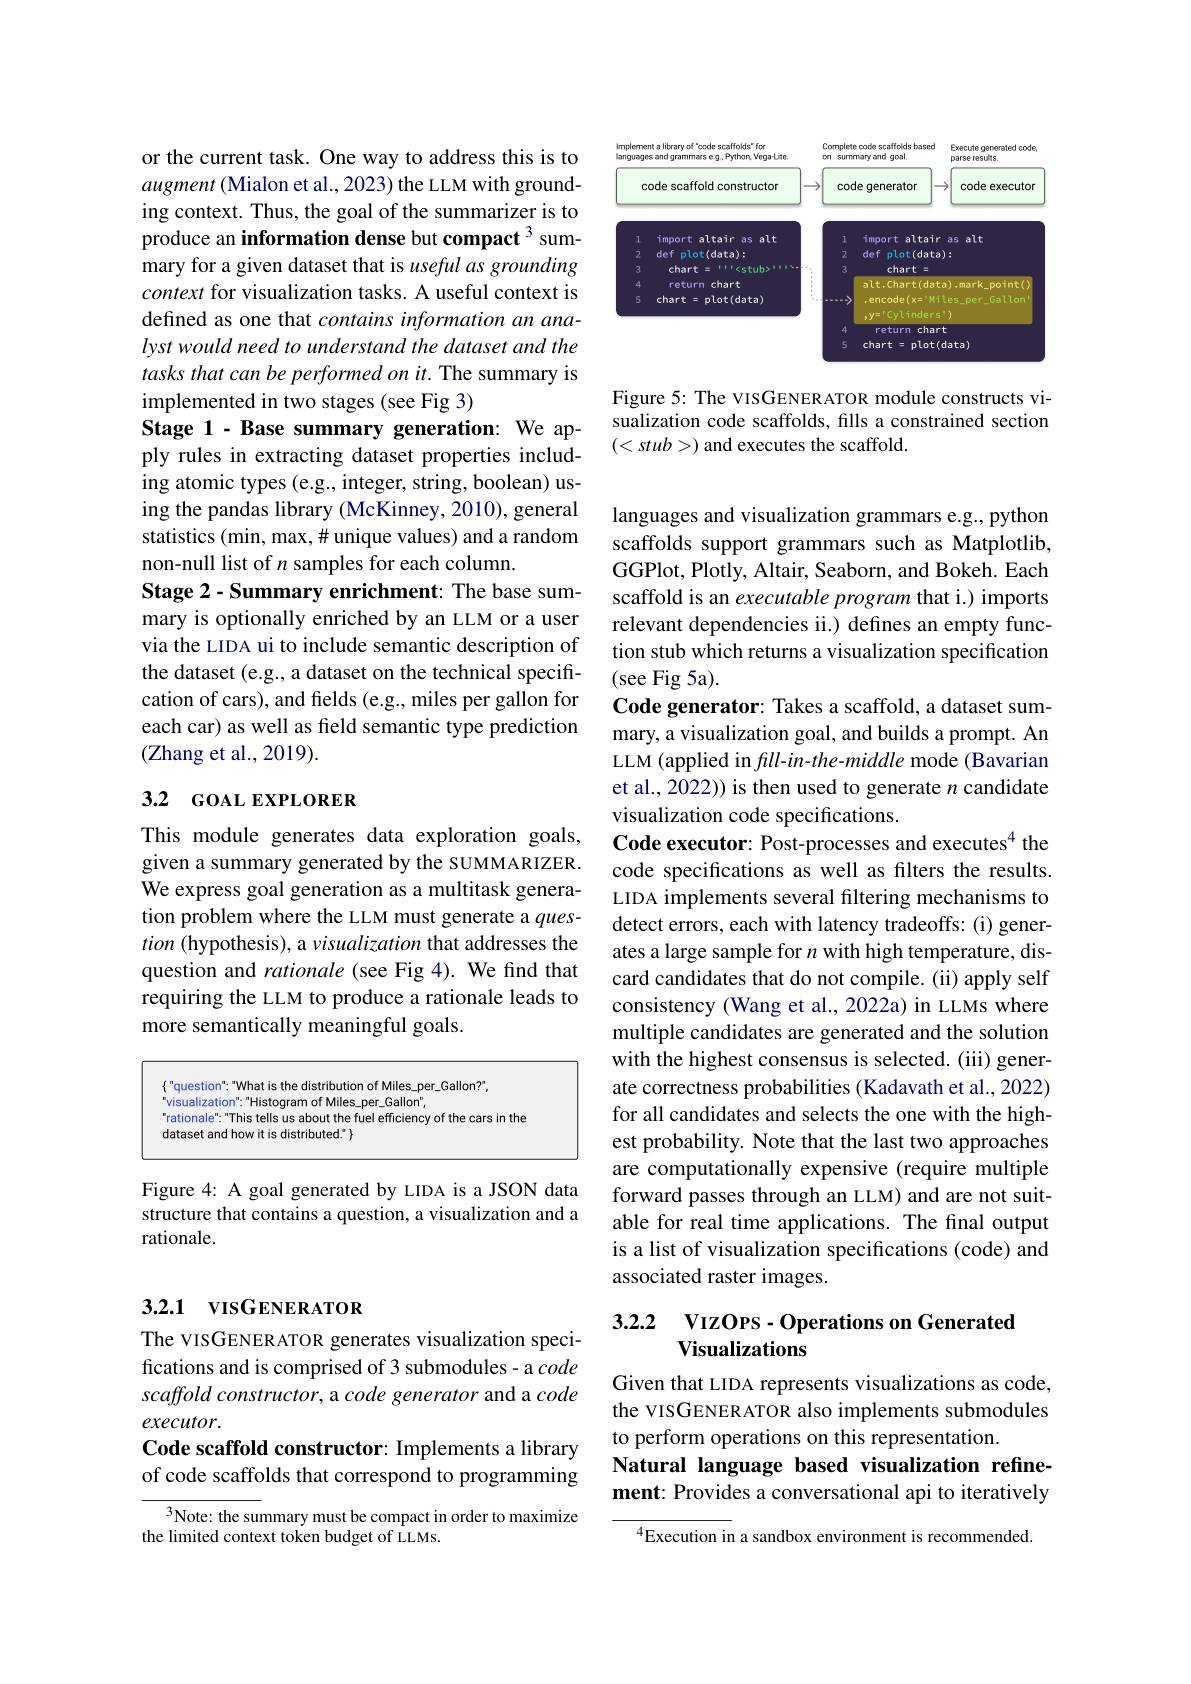
or the current task. One way to address this is to augment (Mialon et al., 2023) the LLM with grounding context. Thus, the goal of the summarizer is to produce an information dense but compact 3 summary for a given dataset that is useful as grounding context for visualization tasks. A useful context is defined as one that contains information an analyst would need to understand the dataset and the tasks that can be performed on it. The summary is implemented in two stages (see Fig 3)
Stage 1- Base summary generation: We apply rules in extracting dataset properties including atomic types (e.g., integer, string, boolean) using the pandas library (McKinney, 2010), general statistics (min, max, # unique values) and a random non-null list of $n$ samples for each column.
Stage 2- Summary enrichment: The base summary is optionally enriched by an LLM or a user via the LIDA ui to include semantic description of the dataset (e.g., a dataset on the technical specification of cars), and felds (e.g., miles per gallon for each car) as well as field semantic type prediction (Zhang et al., 2019).

## 3.2 GOAL EXPLORER

This module generates data exploration goals, given a summary generated by the SUMMARIZER. We express goal generation as a multitask generation problem where the LLM must generate a question (hypothesis), a visualization that addresses the question and rationale (see Fig 4). We find that requiring the LLM to produce a rationale leads to more semantically meaningful goals.

<FigureHere>

Figure 4: A goal generated by LIDA is a JSON data structure that contains a question, a visualization and a rationale.

## 3.2.1 vIsGENERATOR

The VISGENER ATOR generates visualization specifications and is comprised of 3 submodules- a code scaffold constructor, a code generator and a code executor.
Code scaffold constructor: Implements a library

of code scaffolds that correspond to programming

$^{3}$Note: the summary must be compact in order to maximize
the limited context token budget of LLMs.

<FigureHere>

Figure 5: The VISGENER ATOR module constructs visualization code scaffolds, fills a constrained section $(<stub>)$ and executes the scaffold.

languages and visualization grammars e.g., python scaffolds support grammars such as Matplotlib, GGPlot, Plotly, Altair, Seaborn, and Bokeh. Each scaffold is an executable program that i.) imports relevant dependencies ii.) defines an empty function stub which returns a visualization specification (see Fig 5a).
Code generator: Takes a scaffold, a dataset summary, a visualization goal, and builds a prompt. An LLM (applied in $fll-in-the-middle$ mode (Bavarian et al., 2022)) is then used to generate $n$ candidate visualization code specifications.
Code executor: Post-processes and executes$^{4}$ the code specifications as well as filters the results. LIDA implements several filtering mechanisms to detect errors, each with latency tradeoffs: (i) generates a large sample for $n$ with high temperature, discard candidates that do not compile. (ii) apply self consistency (Wang et al., 2022a) in LLMs where multiple candidates are generated and the solution with the highest consensus is selected. (iii) generate correctness probabilities (Kadavath et al., 2022) for all candidates and selects the one with the highest probability. Note that the last two approaches are computationally expensive (require multiple forward passes through an LLM) and are not suitable for real time applications. The final output is a list of visualization specifications (code) and associated raster images.

## 3.2.2 VIZOPS-Operations on Generated Visualizations

Given that LIDA represents visualizations as code, the VISGENER ATOR also implements submodules to perform operations on this representation.
Natural language based visualization refinement: Provides a conversational api to iteratively

$^{4}$Execution in a sandbox environment is recommended